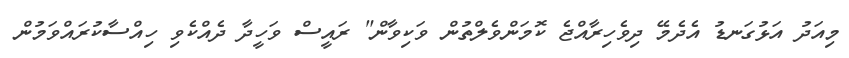
މިއަދު އަޅުގަނޑު އެދެމޭ ދިވެހިރާއްޖެ ކޮމަންވެލްތުން ވަކިވާން" ރައީސް ވަހީދާ ދެއްކެވި ހިއްސާކުރައްވަމުން